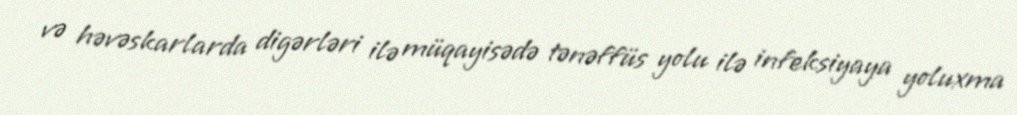
və həvəskarlarda digərləri ilə müqayisədə tənəffüs yolu ilə infeksiyaya yoluxma